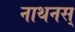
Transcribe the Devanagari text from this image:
नाथनस्